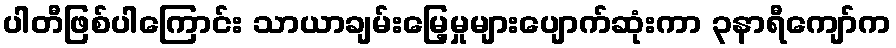
ပါတီဖြစ်ပါကြောင်း သာယာချမ်းမြေ့မှုများပျောက်ဆုံးကာ ၃နာရီကျော်က